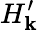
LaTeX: H_{\mathbf{k}}^{\prime}